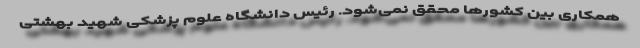
همکاری بین کشورها محقق نمی‌شود. رئیس دانشگاه علوم پزشکی شهید بهشتی